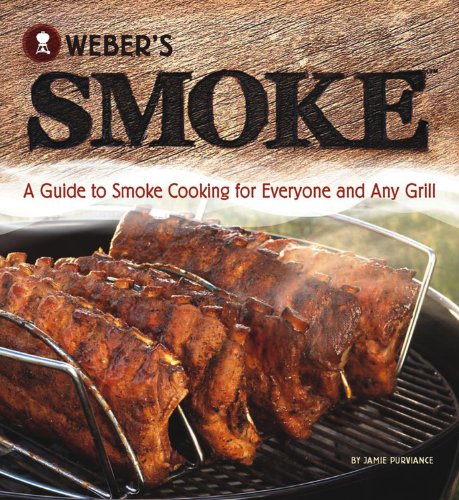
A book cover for Weber's Smoke: A Guide to Smoke Cooking for Everyone and Any Grill; Jamie Purviance; Cookbooks, Food & Wine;